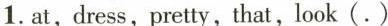
1.at,dress, pretty, that,look(. )